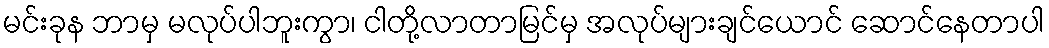
မင်းခုန ဘာမှ မလုပ်ပါဘူးကွာ၊ ငါတို့လာတာမြင်မှ အလုပ်များချင်ယောင် ဆောင်နေတာပါ